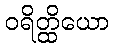
ဝရိတ္ထိယော